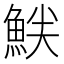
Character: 𫙝